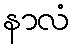
နာလံ